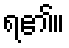
ရ၏။